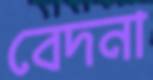
বেদনা